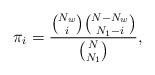
LaTeX: \begin{align*}\pi_i=\frac{{\binom{N_w}{i}}{\binom{{N-N_w}}{{N_1-i}}}}{{\binom{N}{N_1}}},\end{align*}